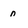
Character: n